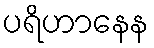
ပရိဟာနေန